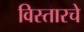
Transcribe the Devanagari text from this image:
विस्तारचे